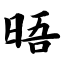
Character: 晤